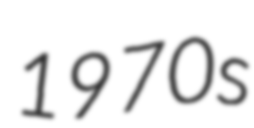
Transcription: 1970s